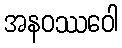
အနဝဿဝေါ